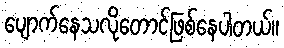
ပျောက်နေသလိုတောင်ဖြစ်နေပါတယ်။